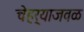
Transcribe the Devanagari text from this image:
चेहर्‍याजवळ